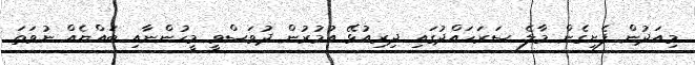
މިއަދުން ފެށިގެން މާލެ ސަރަހައްދުގައި ދިރިއުޅޭ އުމުރުން ދުވަސްވީ މީހުންނާއި ބައްޔެއް ނުވަތަ